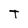
Character: T